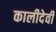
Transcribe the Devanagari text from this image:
कालीदेवी